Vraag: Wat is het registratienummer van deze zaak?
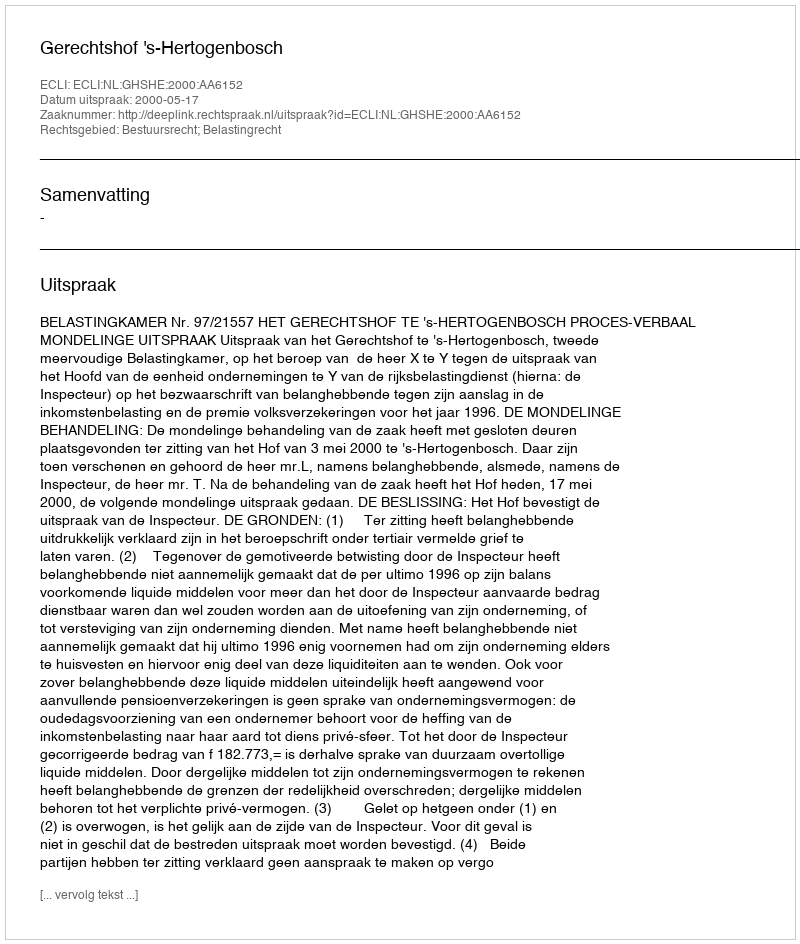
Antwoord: http://deeplink.rechtspraak.nl/uitspraak?id=ECLI:NL:GHSHE:2000:AA6152